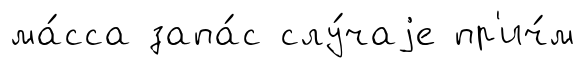
ма́сса запа́с слу́чаjе пр'ич́м